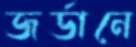
জর্ডানে